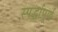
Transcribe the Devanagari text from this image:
स्पर्द्धापूर्ण